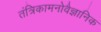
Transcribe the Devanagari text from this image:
तंत्रिकामनोवैज्ञानिक